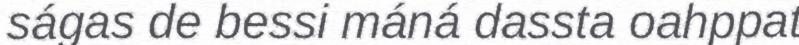
ságas de bessi máná dassta oahppat